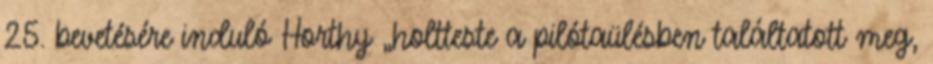
25. bevetésére induló Horthy „holtteste a pilótaülésben találtatott meg,